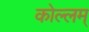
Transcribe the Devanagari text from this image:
कोल्लम्